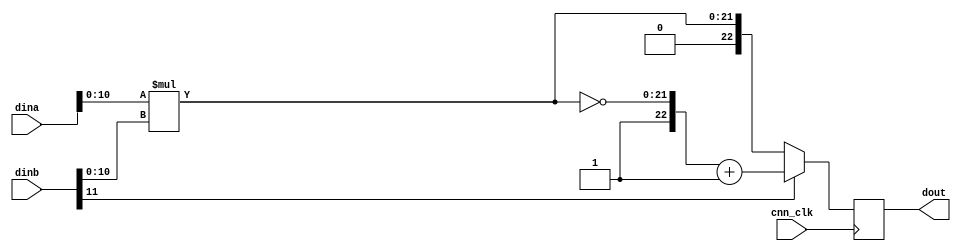
`timescale 1ns / 1ps
//////////////////////////////////////////////////////////////////////////////////
// Company: 
// Engineer: 
// 
// Design Name: 
// Module Name:    multiplier 
// Project Name: 
// Target Devices: 
// Tool versions: 
// Description: 
//
// Dependencies: 
//
// Revision: 
// Revision 0.01 - File Created
// Additional Comments: 
//
//////////////////////////////////////////////////////////////////////////////////
module multiplier(
			input cnn_clk,     
			
			input [11:0] dina,   //unsigned
			input [11:0] dinb,   //signed
			
			
			output reg [22:0] dout
    );


wire [21:0] dout_reg;

assign dout_reg = dina[10:0]*dinb[10:0];

always @ ( posedge cnn_clk )
begin
	dout <= dinb[11] ? {1'b1,~dout_reg}+1'b1 : dout_reg;

end


endmodule